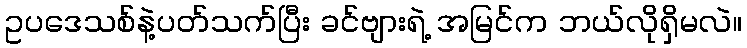
ဥပဒေသစ်နဲ့ပတ်သက်ပြီး ခင်ဗျားရဲ့ အမြင်က ဘယ်လိုရှိမလဲ။